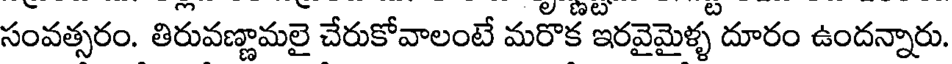
సంవత్సరం. తిరువణ్ణామలై చేరుకోవాలంటే మరొక ఇరవైమైళ్ళ దూరం ఉందన్నారు.